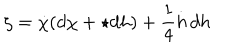
\zeta = \dot { \chi } ( d \chi + \star d h ) + \frac { 1 } { 4 } \dot { h } \, d h